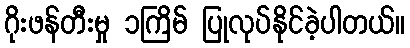
ဂိုးဖန်တီးမှု ၁ကြိမ် ပြုလုပ်နိုင်ခဲ့ပါတယ်။